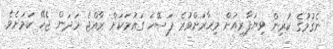
ނެގުމުގެ ކުރިން ވިޔަފާރިއަށް މިހާރަށްވުރެ ފަސޭހަ ގައުމަކަށް ރާއްޖެ ހަދަން ޖެހޭ ކަމަށެވެ.